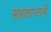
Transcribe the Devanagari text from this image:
सप्ताहान्ताचे